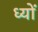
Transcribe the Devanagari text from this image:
ध्यों